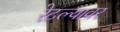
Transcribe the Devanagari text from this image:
रेटल्यावर